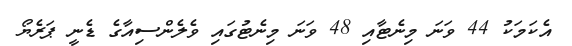
އެކަމަކު 44 ވަނަ މިނެޓާއި 48 ވަނަ މިނެޓުގައި ވެލެންސިއާގެ ޑެނީ ޕަރެޔޯ